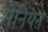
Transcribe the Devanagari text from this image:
मेनियन